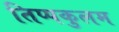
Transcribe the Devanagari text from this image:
तिप्पकुलम